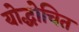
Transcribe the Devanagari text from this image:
योद्धोचित